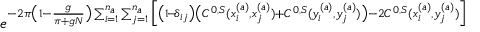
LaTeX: e ^ { - 2 \pi \big ( 1 - \frac { g } { \pi + g N } \big ) \sum _ { i = 1 } ^ { n _ { a } } \sum _ { j = 1 } ^ { n _ { a } } \Big [ \big ( 1 \! - \! \delta _ { i j } \big ) \big ( C ^ { 0 , S } ( x _ { i } ^ { ( a ) } , x _ { j } ^ { ( a ) } ) + C ^ { 0 , S } ( y _ { i } ^ { ( a ) } , y _ { j } ^ { ( a ) } ) \big ) - 2 C ^ { 0 , S } ( x _ { i } ^ { ( a ) } , y _ { j } ^ { ( a ) } ) \Big ] }